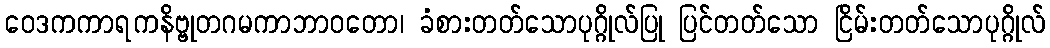
ဝေဒကကာရကနိဗ္ဗုတဂမကာဘာဝတော၊ ခံစားတတ်သောပုဂ္ဂိုလ်ပြု ပြင်တတ်သော ငြိမ်းတတ်သောပုဂ္ဂိုလ်